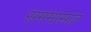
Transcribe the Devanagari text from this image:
सममासात